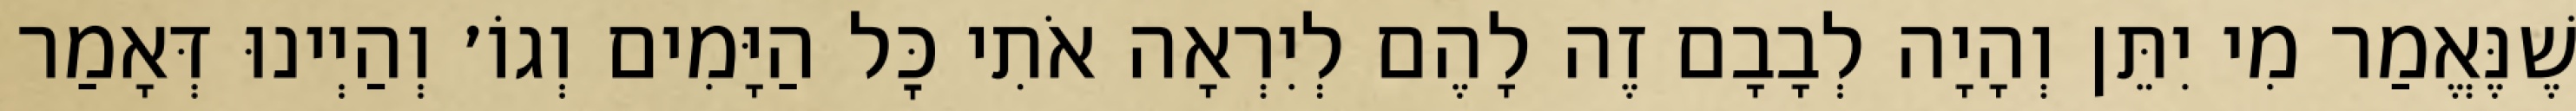
שֶׁנֶּאֱמַר מִי יִתֵּן וְהָיָה לְבָבָם זֶה לָהֶם לְיִרְאָה אֹתִי כׇּל הַיָּמִים וְגוֹ׳ וְהַיְינוּ דְּאָמַר